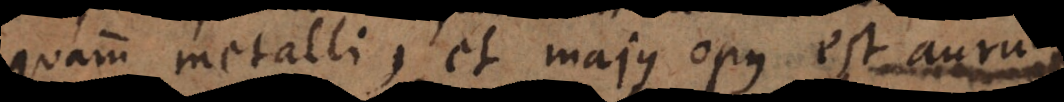
quam metalli, et majus opus est aurum